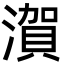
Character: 㵑